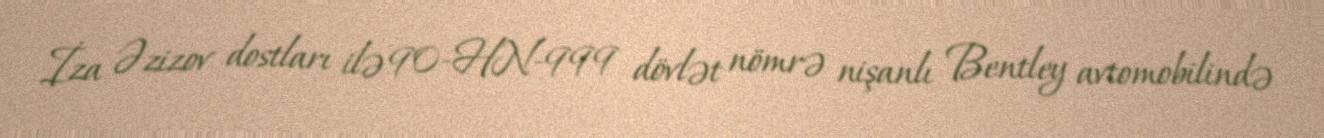
İza Əzizov dostları ilə 90-HN-999 dövlət nömrə nişanlı Bentley avtomobilində